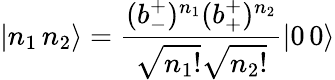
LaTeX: |n_{1}\, n_{2}\rangle=\frac{(b_{-}^{+})^{n_{1}}(b_{+}^{+})^{n_{2}}}{\sqrt{n_{1}!}\sqrt{n_{2}!}}|0\, 0\rangle